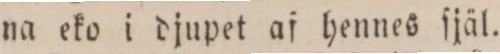
na eko i djupet af hennes ſjäl.